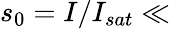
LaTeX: s_{0}=I/I_{sat}\ll